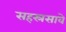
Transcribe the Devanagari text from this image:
सहस्रसावे